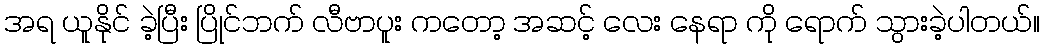
အရ ယူနိုင် ခဲ့ပြီး ပြိုင်ဘက် လီဗာပူး ကတော့ အဆင့် လေး နေရာ ကို ရောက် သွားခဲ့ပါတယ်။